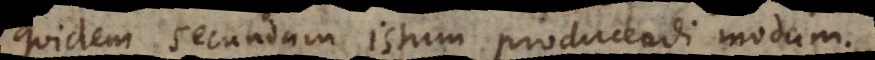
quidem secundum istum producendi modum.